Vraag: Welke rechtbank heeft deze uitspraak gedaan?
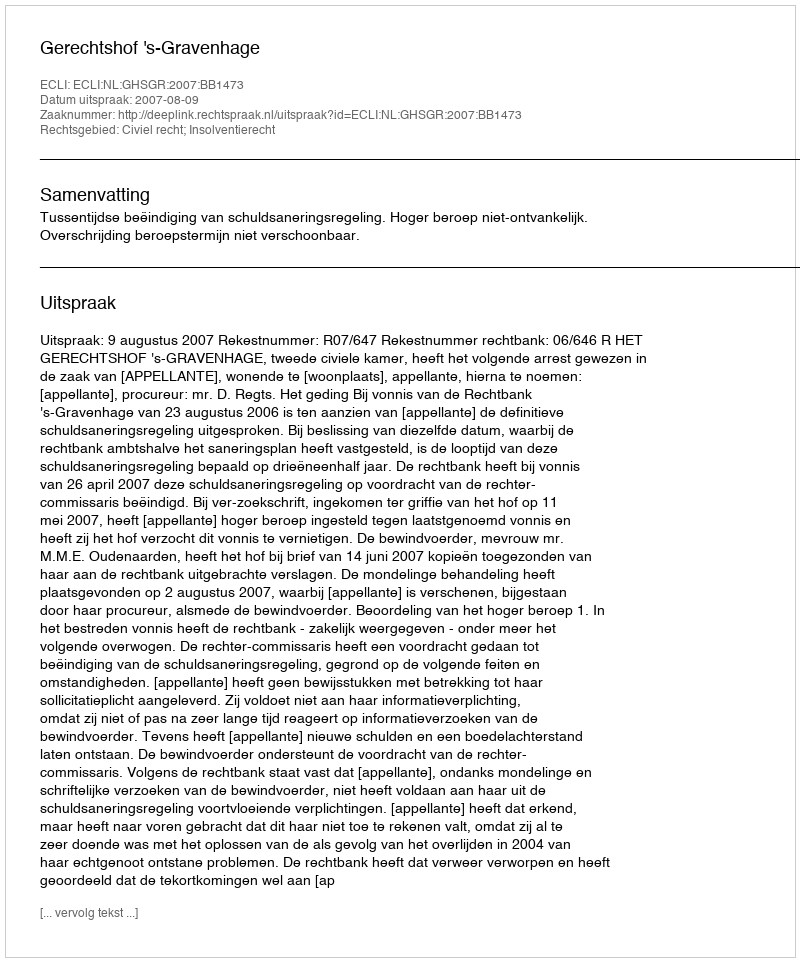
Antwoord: Gerechtshof 's-Gravenhage